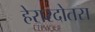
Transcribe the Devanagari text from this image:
हेरारदोतस